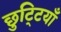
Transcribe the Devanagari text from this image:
छुटि्टयाँ